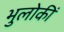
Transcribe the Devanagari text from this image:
भुलोकीं